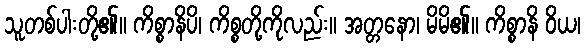
သူတစ်ပါးတို့၏။ ကိစ္စာနိပိ၊ ကိစ္စတို့ကိုလည်း။ အတ္တနော၊ မိမိ၏။ ကိစ္စာနိ ဝိယ၊